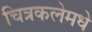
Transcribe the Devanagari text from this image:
चित्रकलेमधे